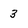
Character: 3